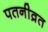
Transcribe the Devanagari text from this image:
पतनीव्रत